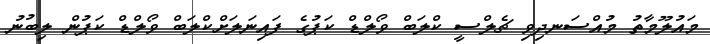
މައުލޫމާތު މުއްސަނދިވި ޗެލްސީ ކްލަބް ވޯލްޑް ކަޕުގެ ފައިނަލަށްކްލަބް ވޯލްޑް ކަޕުން ލިބުނު